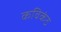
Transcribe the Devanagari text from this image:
कविकंठ